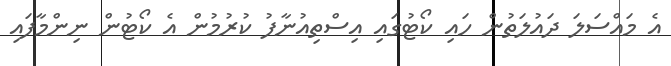
އެ މައްސަލަ ދައުލަތުން ހައި ކޯޓުގައި އިސްތިއުނާފު ކުރުމުން އެ ކޯޓުން ނިންމާފައި